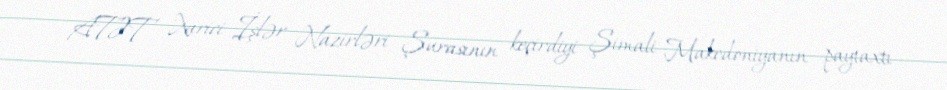
ATƏT Xarici İşlər Nazirləri Şurasının keçirdiyi Şimali Makedoniyanın paytaxtı